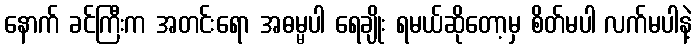
နောက် ခင်ကြီးက အတင်းရော အဓမ္မပါ ရေချိုး ရမယ်ဆိုတော့မှ စိတ်မပါ လက်မပါနဲ့